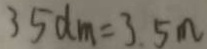
3 5 d m = 3 . 5 m